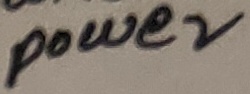
Text: power